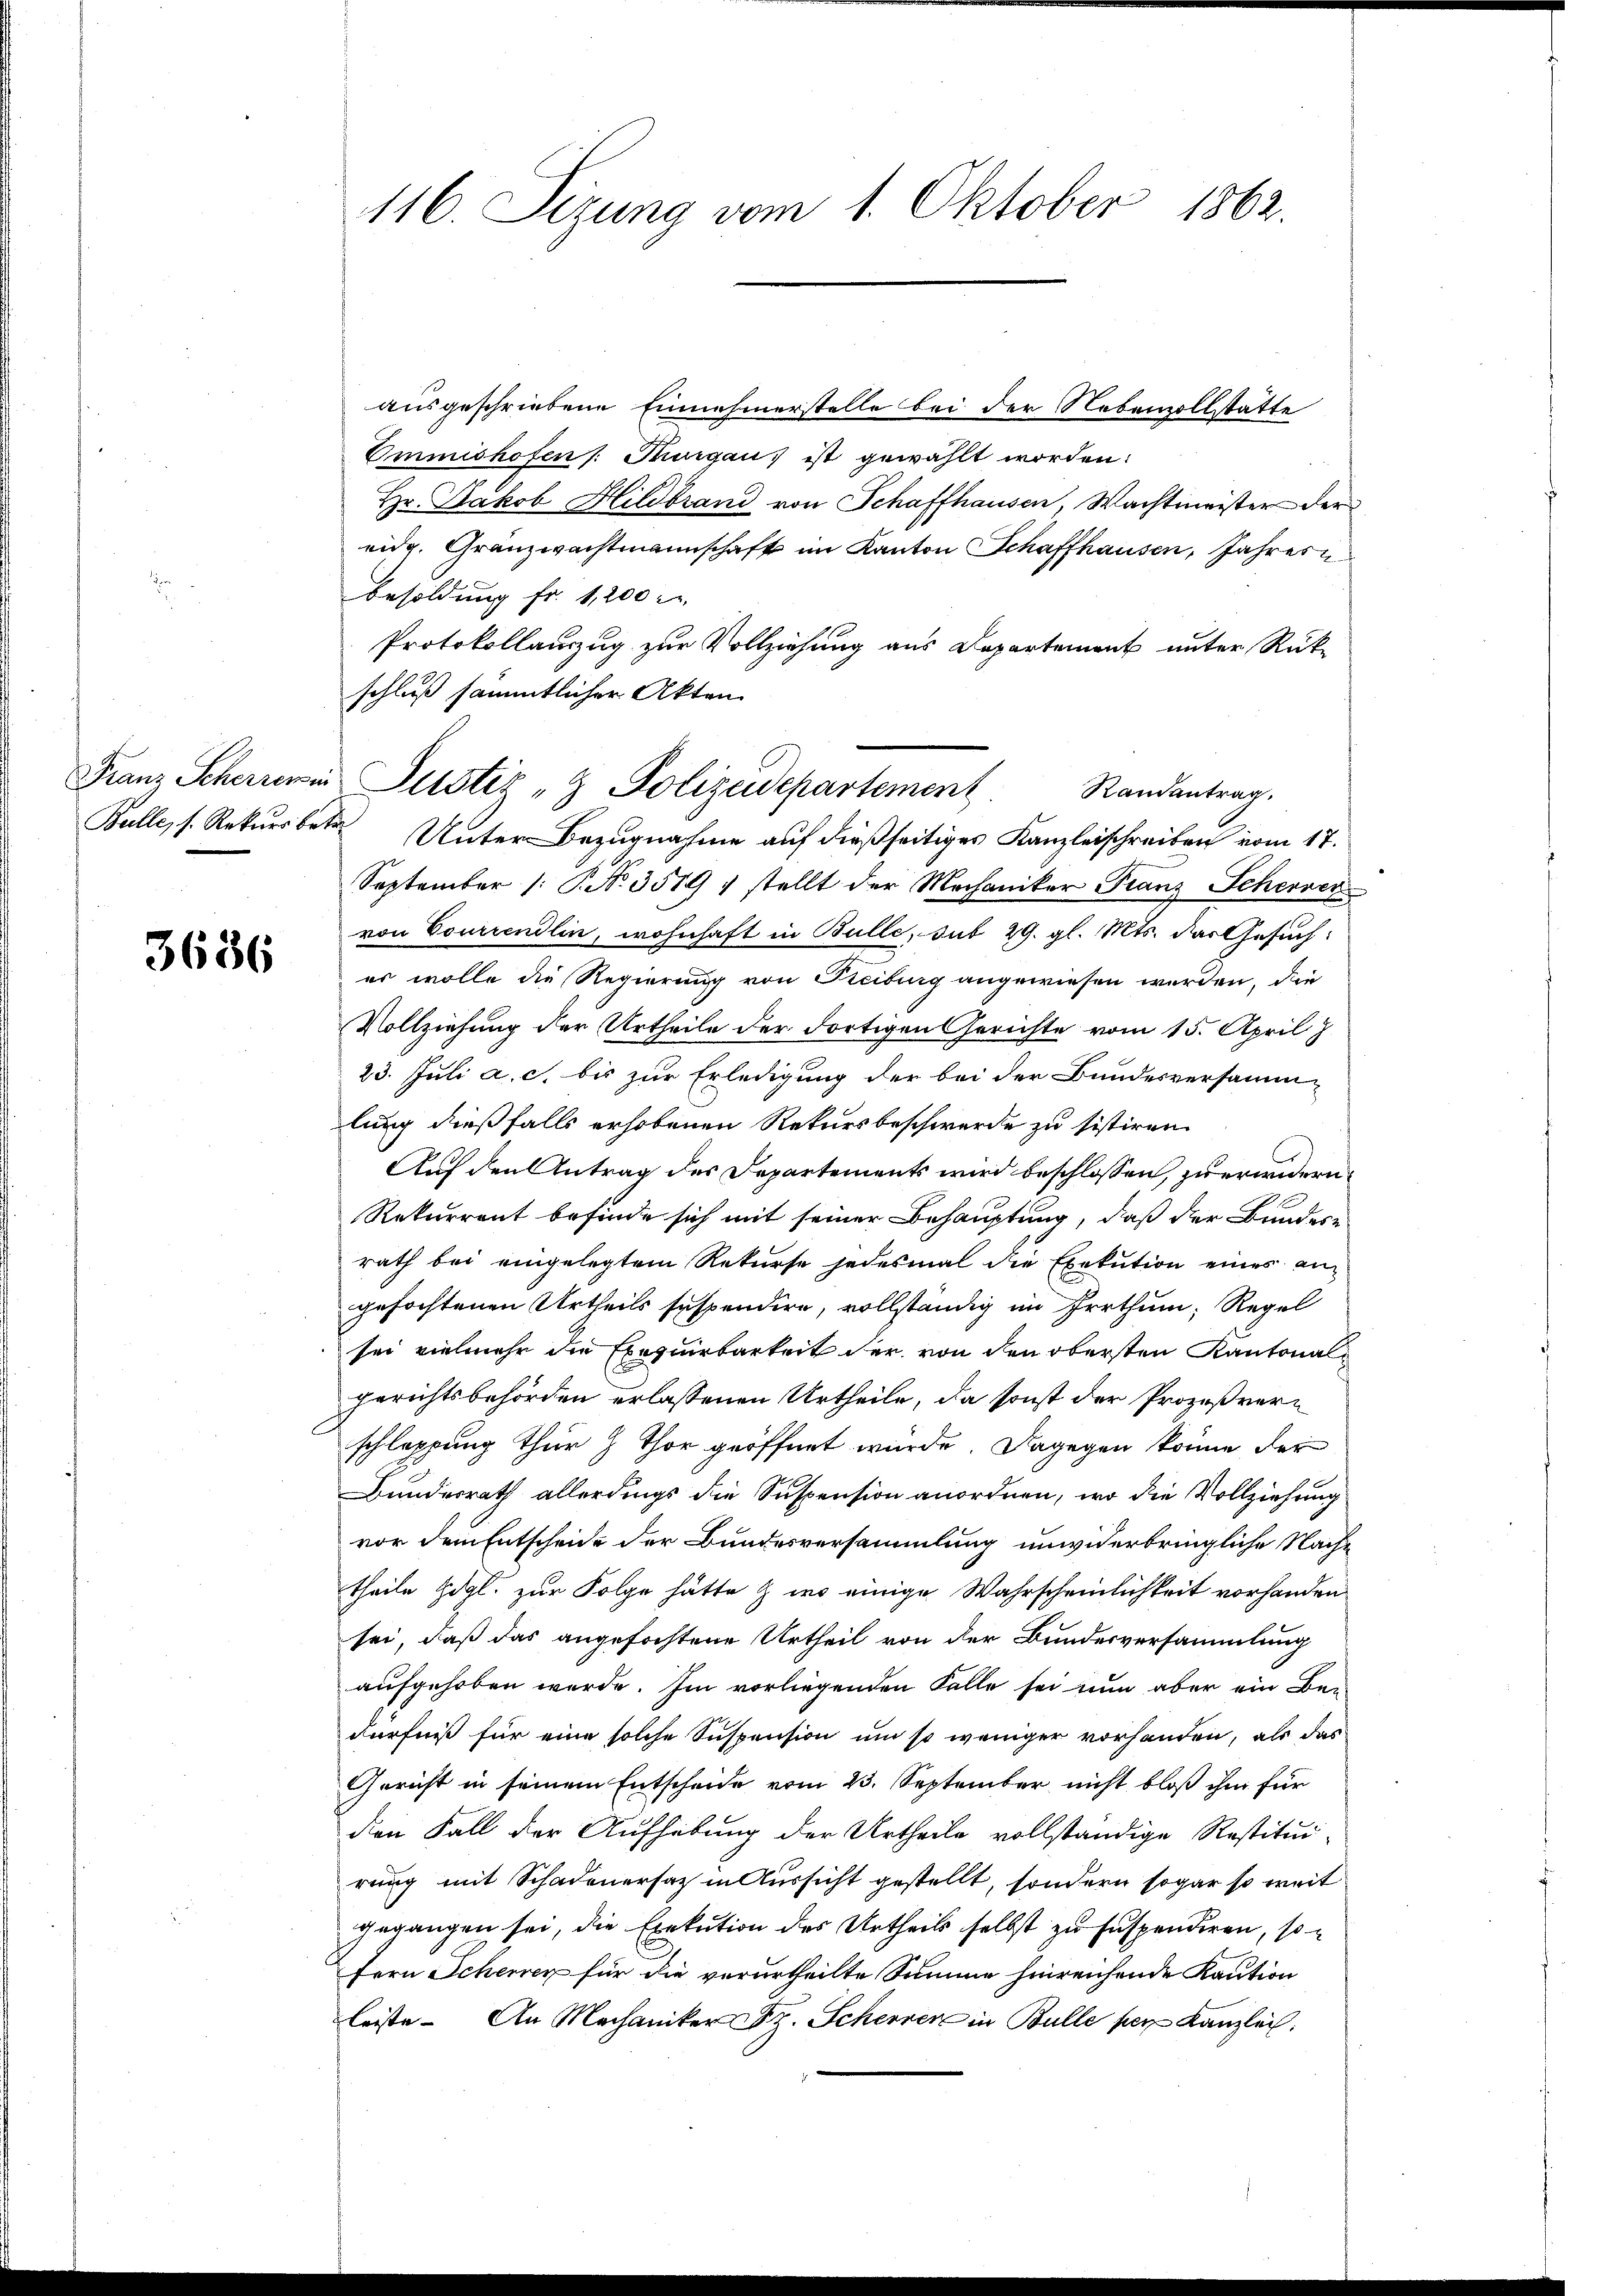
Bulle, s. Rekurs betr.

3636

ausgeschriebene Einnehmerstelle bei der Nebenzollstätte
Ommishofen /: Thurgau ist gewählt worden:
Hr. Jakob Hildbrand von Schaffhausen, Wachtmeister der
eidg. Granzwachtmannschaft im Kanton Schaffhausen, Jahres u
Besoldung fr. 1,200
Protokollanzug zur Vollziehung aus Departement unter Rück-
schluß sämmtlicher Akten
Unter Bezugnahme auf dießseitiges Kanzleischreiben vom 17.
September /: No. 3519 1 stellt der Mechaniker Franz Scherver
von Tourrendlin, wohnhaft in Bulle, sub 29. gl. Mts. das Gesuch:
er wolle die Regierung von Freiburg angewiesen werden, die
Vollziehung der Urtheile der Fortigen Gerichte vom 15. April
23. Juli a. c. bis zur Erledigung der bei der Bundesversamm-
lung dießfalls erhobenen Rekursbeschwerde zu sistiren.
Auf den Antrag des Departements wird beschlossen, zu erindern.
Rekurrent befinde sich mit seiner Behauptung, daß der Bundere
rath bei eingelegtem Rekurse jedesmal die Exekution eines angefochtenen Urtheils suspendire, vollständig im Irrthum; Regel
sei vielmehr die Exequirbarkeit der von den obersten Kantonal-
Gerichtsbehörden erlassenen Urtheile, da sonst der Prozeßverschleppung thur & Thor geöffnet würde. Dagegen könne der
Bundesrath allerdings die Suspension anordnen, wo die Vollziehung
vor dem Entscheide der Bundesversammlung unwiderbringliche Nachtheile zogl. zur Folge hätte & wo einige Wahrscheinlichkeit vorhanden
sei, daß das angefochtene Urtheil von der Bundesversammlung
aufgehoben werde. Im vorliegenden Falle sei nun aber ein Beidürfniß für eine solche Suspension um so weniger vorhanden, als das
Gericht in seinem Entscheide vom 23. September nicht bloß ihm für
den Fall der Aufhebung der Urtheile vollständige Restitui-
rung mit Schadenersatz in Aussicht gestellt, sondern sogar so weit
gegangen sei, die Exekution des Urtheils selbst zu suspendiren, so
fern Scheren für die verurtheilte Summe hinreichende Kaution
leiste. An Mechaniker Sz. Scherer in Bulle per Kanzlei.

116. Sizung vom 1. Oktober 1862.

Franz Scherer Justiz- & Polizeidepartement Randantrag.